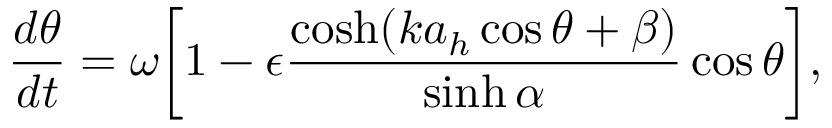
\frac { d \theta } { d t } = \omega \bigg [ 1 - \epsilon \frac { \cosh ( k a _ { h } \cos \theta + \beta ) } { \sinh \alpha } \cos \theta \bigg ] ,